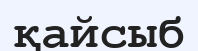
қайсыб